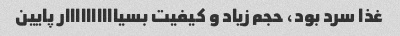
غذا سرد بود، حجم زیاد و کیفیت بسیاااااااااار پایین